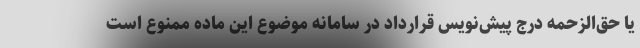
یا حق‌الزحمه درج پیش‌نویس قرارداد در سامانه موضوع این ماده ممنوع است